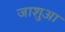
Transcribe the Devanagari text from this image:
जाशुआ